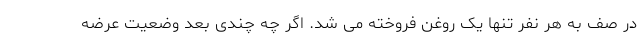
در صف به هر نفر تنها یک روغن فروخته می شد. اگر چه چندی بعد وضعیت عرضه